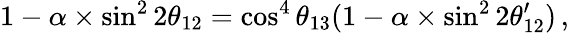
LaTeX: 1-\alpha\times\sin^{2}2\theta_{12}=\cos^{4}\theta_{13}(1-\alpha\times\sin^{2}2\theta_{12}^{\prime})\, ,